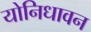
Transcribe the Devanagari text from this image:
योनिधावन